Civil Veterinary Dept. Assam report 1911-1927 - 1911-1927
Year: 1911
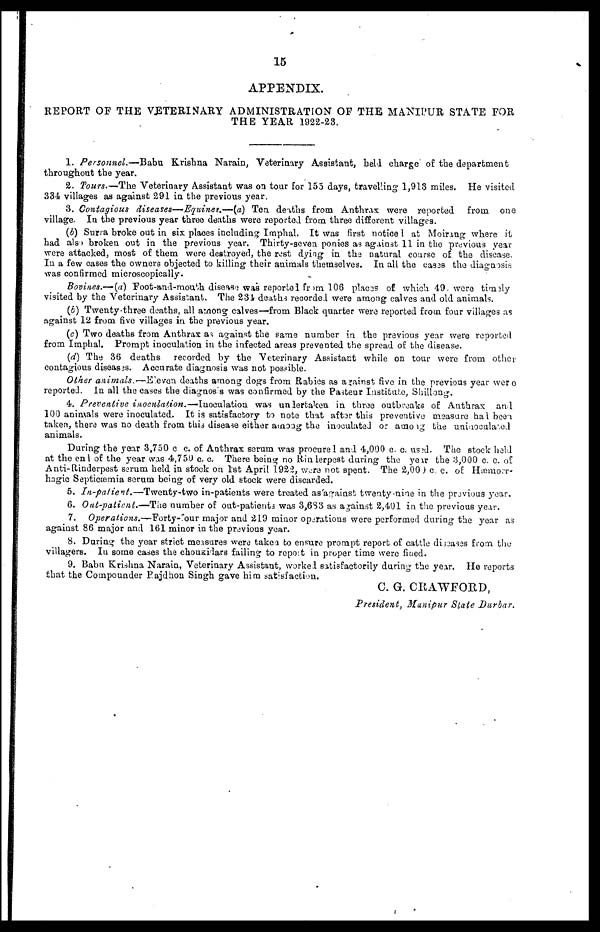
15
APPENDIX.
REPORT OF THE VETERINARY ADMINISTRATION OF THE MANIPUR STATE FOR
THE YEAR 1922-23.
1. Personnel.—Babu Krishna Narain, Veterinary Assistant, hell charge of the department
throughout the year.
2. Tours.—The Veterinary Assistant was on tour for 155 days, travelling 1,913 miles. He visited
334 villages as against 291 in the previous year.
3. Contagious diseases—Equines.—(a) Ten deaths from Anthrax were reported from one
village. In the previous year three deaths were reported from three different villages.
(b) Surra broke out in six places including Imphal. It was first notice 1 at Moirang where it
had also broken out in the previous year. Thirty-seven ponies as against 11 in the previous year
were attacked, most of them were destroyed, the rest dying in the natural course of the disease.
In a few cases the owners objected to killing their animals themselves. In all the cases the diagnosis
was confirmed microscopically.
Bovines.—(a) Foot-and-mouth disease was reported from 106 places of which 49 were timely
visited by the Veterinary Assistant. The 234 deaths recorded were among calves and old animals.
(6) Twenty-three deaths, all among calves—from Black quarter were reported from four villages as
against 12 from five villages in the previous year.
(c) Two deaths from Anthrax as against the same number in the previous year were reported
from Imphal. Prompt inoculation in the infected areas prevented the spread of the disease.
(d) The 36 deaths recorded by the Veterinary Assistant while on tour were from other
contagious diseases. Accurate diagnosis was not possible.
Other animals.—Eleven deaths among dogs from Rabies as against five in the previous year were
reported. In all the cases the diagnosis was confirmed by the Pasteur Institute, Shillong.
4. Preventive inoculation.—Inoculation
was undertaken in throe outbreaks of Anthrax and
100 animals were inoculated. It is satisfactory to note that after this preventive measure had been
taken, there was no death from this disease either among the inoculated or among the uniaoculated
animals.
During the year 3,750 c c. of Anthrax serum was procured and 4,000 c. caused. The stock held
at the end of the year was 4,750 c. c. There being no Rinderpest during the year the 3,000 c. c. of
Anti-Rinderpest serum held in stock on 1st April 192:2, were not spent. The 2,000 c. c. of Hæmorr-
hagic Septicæmia serum being of very old stock were discarded.
5. In-palient.—Twenty-two
in-patients were treated as against twenty nine in the previous year.
6. Out'palient.—The number of out-patients was 3,683 as against 2,401 in the previous year.
7. Operations.—Forty-four major and 219 minor operations were performed during the year as
against 86 major and 161 minor in the previous year.
8. During the year strict measures were taken to ensure prompt report of cattle diseases from the
villagers. In some cases the choukidars failing to report in proper time were fined.
9. Babu Krishna Narain, Veterinary Assistant, worked satisfactorily during the year. He reports
that the Compounder Rajdhon Singh gave him satisfaction.
C. G. CRAWFORD,
President, Manipur Slate Durbar,